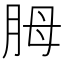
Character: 胟